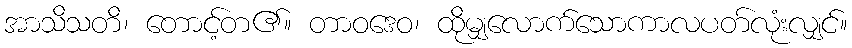
အာသိသတိ၊ တောင့်တ၏။ တာဝဒေဝ၊ ထိုမျှလောက်သောကာလပတ်လုံးလျှင်။